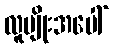
လူမျိုးအပေါ်